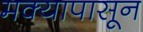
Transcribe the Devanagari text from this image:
मक्यापासून